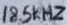
Text: 18.5kHz